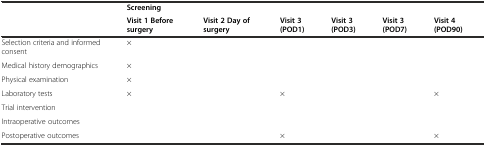
<table><thead><tr><td rowspan="2">[EMPTY_CELL]</td><td><b>Screening</b></td><td>[EMPTY_CELL]</td><td>[EMPTY_CELL]</td><td>[EMPTY_CELL]</td><td>[EMPTY_CELL]</td><td>[EMPTY_CELL]</td></tr><tr><td><b>Visit 1 Before surgery</b></td><td><b>Visit 2 Day of surgery</b></td><td><b>Visit 3 (POD1)</b></td><td><b>Visit 3 (POD3)</b></td><td><b>Visit 3 (POD7)</b></td><td><b>Visit 4 (POD90)</b></td></tr></thead><tbody><tr><td>Selection criteria and informed consent</td><td>×</td><td>[EMPTY_CELL]</td><td>[EMPTY_CELL]</td><td>[EMPTY_CELL]</td><td>[EMPTY_CELL]</td><td>[EMPTY_CELL]</td></tr><tr><td>Medical history demographics</td><td>×</td><td>[EMPTY_CELL]</td><td>[EMPTY_CELL]</td><td>[EMPTY_CELL]</td><td>[EMPTY_CELL]</td><td>[EMPTY_CELL]</td></tr><tr><td>Physical examination</td><td>×</td><td>[EMPTY_CELL]</td><td>[EMPTY_CELL]</td><td>[EMPTY_CELL]</td><td>[EMPTY_CELL]</td><td>[EMPTY_CELL]</td></tr><tr><td>Laboratory tests</td><td>×</td><td>[EMPTY_CELL]</td><td>×</td><td>[EMPTY_CELL]</td><td>[EMPTY_CELL]</td><td>×</td></tr><tr><td>Trial intervention</td><td>[EMPTY_CELL]</td><td>[EMPTY_CELL]</td><td>[EMPTY_CELL]</td><td>[EMPTY_CELL]</td><td>[EMPTY_CELL]</td><td>[EMPTY_CELL]</td></tr><tr><td>Intraoperative outcomes</td><td>[EMPTY_CELL]</td><td>[EMPTY_CELL]</td><td>[EMPTY_CELL]</td><td>[EMPTY_CELL]</td><td>[EMPTY_CELL]</td><td>[EMPTY_CELL]</td></tr><tr><td>Postoperative outcomes</td><td>[EMPTY_CELL]</td><td>[EMPTY_CELL]</td><td>×</td><td>[EMPTY_CELL]</td><td>[EMPTY_CELL]</td><td>×</td></tr></tbody></table>